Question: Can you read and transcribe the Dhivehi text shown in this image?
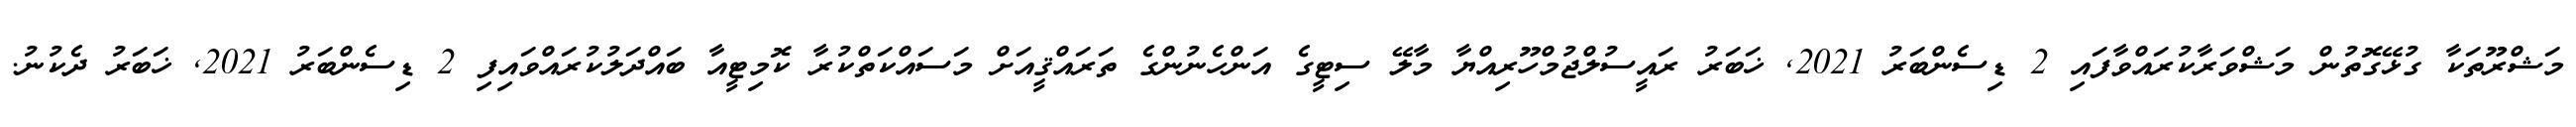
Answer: މަޝްރޫތަކާ ގުޅޭގޮތުން މަޝްވަރާކުރައްވާފައި 2 ޑިސެންބަރު 2021, ޚަބަރު ރައީސުލްޖުމްހޫރިއްޔާ މާލޭ ސިޓީގެ އަންހެނުންގެ ތަރައްޤީއަށް މަސައްކަތްކުރާ ކޮމިޓީއާ ބައްދަލުކުރައްވައިފި 2 ޑިސެންބަރު 2021, ޚަބަރު ދެކުނު.